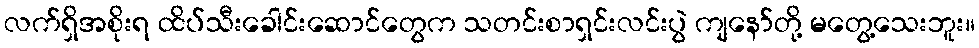
လက်ရှိအစိုးရ ထိပ်သီးခေါင်းဆောင်တွေက သတင်းစာရှင်းလင်းပွဲ ကျနော်တို့ မတွေ့သေးဘူး။